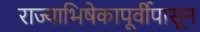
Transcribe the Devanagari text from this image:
राज्याभिषेकापूर्वीपासून